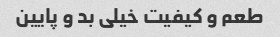
طعم و کیفیت خیلی بد و پایین